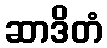
ဆာဒိတံ